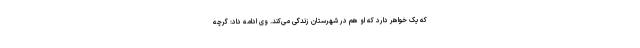
که یک خواهر دارد که او هم در شهرستان زندگی می‌کند. وی ادامه داد: گرچه